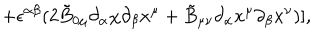
\hspace { 2 0 m m } + \epsilon ^ { \alpha \beta } ( 2 \tilde { B } _ { 0 \mu } { \partial _ { \alpha } } { \chi } { \partial _ { \beta } } { x ^ { \mu } } + \tilde { B } _ { \mu \nu } { \partial _ { \alpha } } { x ^ { \mu } } { \partial _ { \beta } } { x ^ { \nu } } ) ] ,